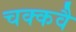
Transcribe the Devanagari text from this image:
चक्‍कवै